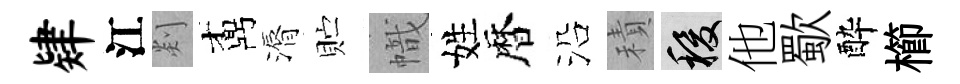
肄江剡鼒漘贮幟姓暦沿積稷他歜酔櫛